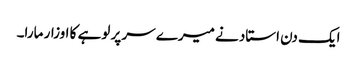
ایک دن استاد نے میرے سر پر لوہے کا اوزار مارا۔